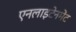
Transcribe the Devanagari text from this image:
एनलाइटेनमेंट